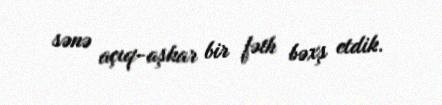
sənə açıq-aşkar bir fəth bəxş etdik.